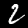
Label: 2